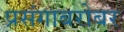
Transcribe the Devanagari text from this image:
प्रसंगाबरोबर